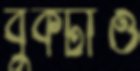
বুকটাও